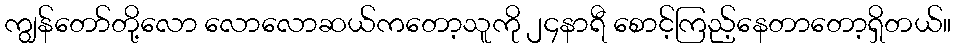
ကျွန်တော်တို့လော လောလောဆယ်ကတော့သူကို ၂၄နာရီ စောင့်ကြည့်နေတာတော့ရှိတယ်။